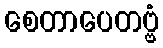
စေတာပေတဗ္ဗံ